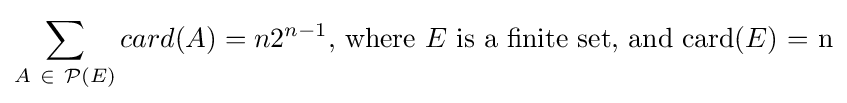
\sum _{A\ \in \ {\mathcal {P}}(E)}card(A)=n2^{n-1}{\text{, where }}E{\text{ is a finite set, and card(}}E{\text{) = n}}